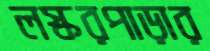
লস্করপাড়ার